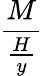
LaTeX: \frac{M}{\frac{H}{y}}